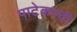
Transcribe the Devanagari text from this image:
पाटेकरची